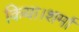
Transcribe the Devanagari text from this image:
किया।शर्मा